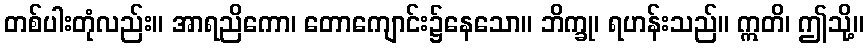
တစ်ပါးတုံလည်း။ အာရညိကော၊ တောကျောင်း၌နေသော။ ဘိက္ခု၊ ရဟန်းသည်။ ဣတိ၊ ဤသို့။